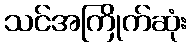
သင်အကြိုက်ဆုံး